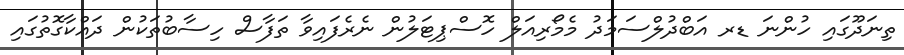
ތިނަދޫގައި ހުންނަ ޑރ އަބްދުލްސަމަދު މެމޯރިއަލް ހޮސްޕިޓަލުން ނެރެފައިވާ ތަފާސް ހިސާބުތަކުން ދައްކާގޮތުގައި